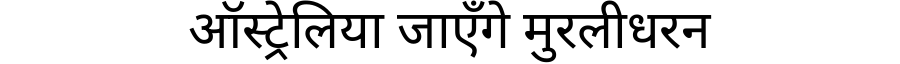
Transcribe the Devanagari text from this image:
ऑस्ट्रेलिया जाएँगे मुरलीधरन